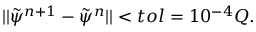
| | \tilde { \psi } ^ { n + 1 } - \tilde { \psi } ^ { n } | | < t o l = 1 0 ^ { - 4 } Q .